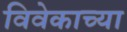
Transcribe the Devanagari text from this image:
विवेकाच्या